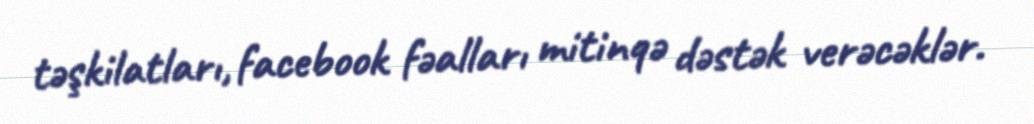
təşkilatları, facebook fəalları mitinqə dəstək verəcəklər.